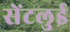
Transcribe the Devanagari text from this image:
सेंटलुई